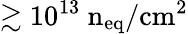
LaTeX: \gtrsim 10^{13}~\mathrm{n_{eq}/cm^{2}}